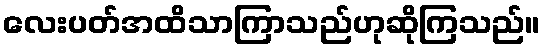
လေးပတ်အထိသာကြာသည်ဟုဆိုကြသည်။